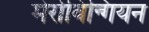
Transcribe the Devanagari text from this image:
मेरोविन्गियन